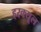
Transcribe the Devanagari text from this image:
हरक्यूल